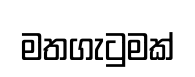
මතගැටුමක්